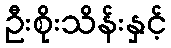
ဦးစိုးသိန်းနှင့်